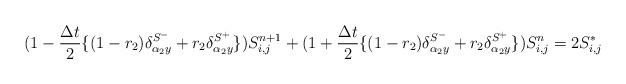
LaTeX: \begin{align*} (1-\dfrac{\Delta t}{2}\{ (1-r_2)\delta_{\alpha_2 y}^{S^-} +r_2\delta_{\alpha_2 y}^{S^+}\}) S_{i,j}^{n+1}+(1+\dfrac{\Delta t}{2}\{ (1-r_2)\delta_{\alpha_2 y}^{S^-} +r_2\delta_{\alpha_2 y}^{S^+}\}) S_{i,j}^{n}=2 S_ {i,j}^* \end{align*}